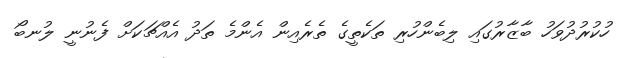
ހުކުރުދުވަހު ބާޒާރުގައި ލިބެންހުރި ތަކެތީގެ ތެރެއިން އެންމެ ތަދު އެއްޗަކަށް ފެނުނީ ލުނބޯ